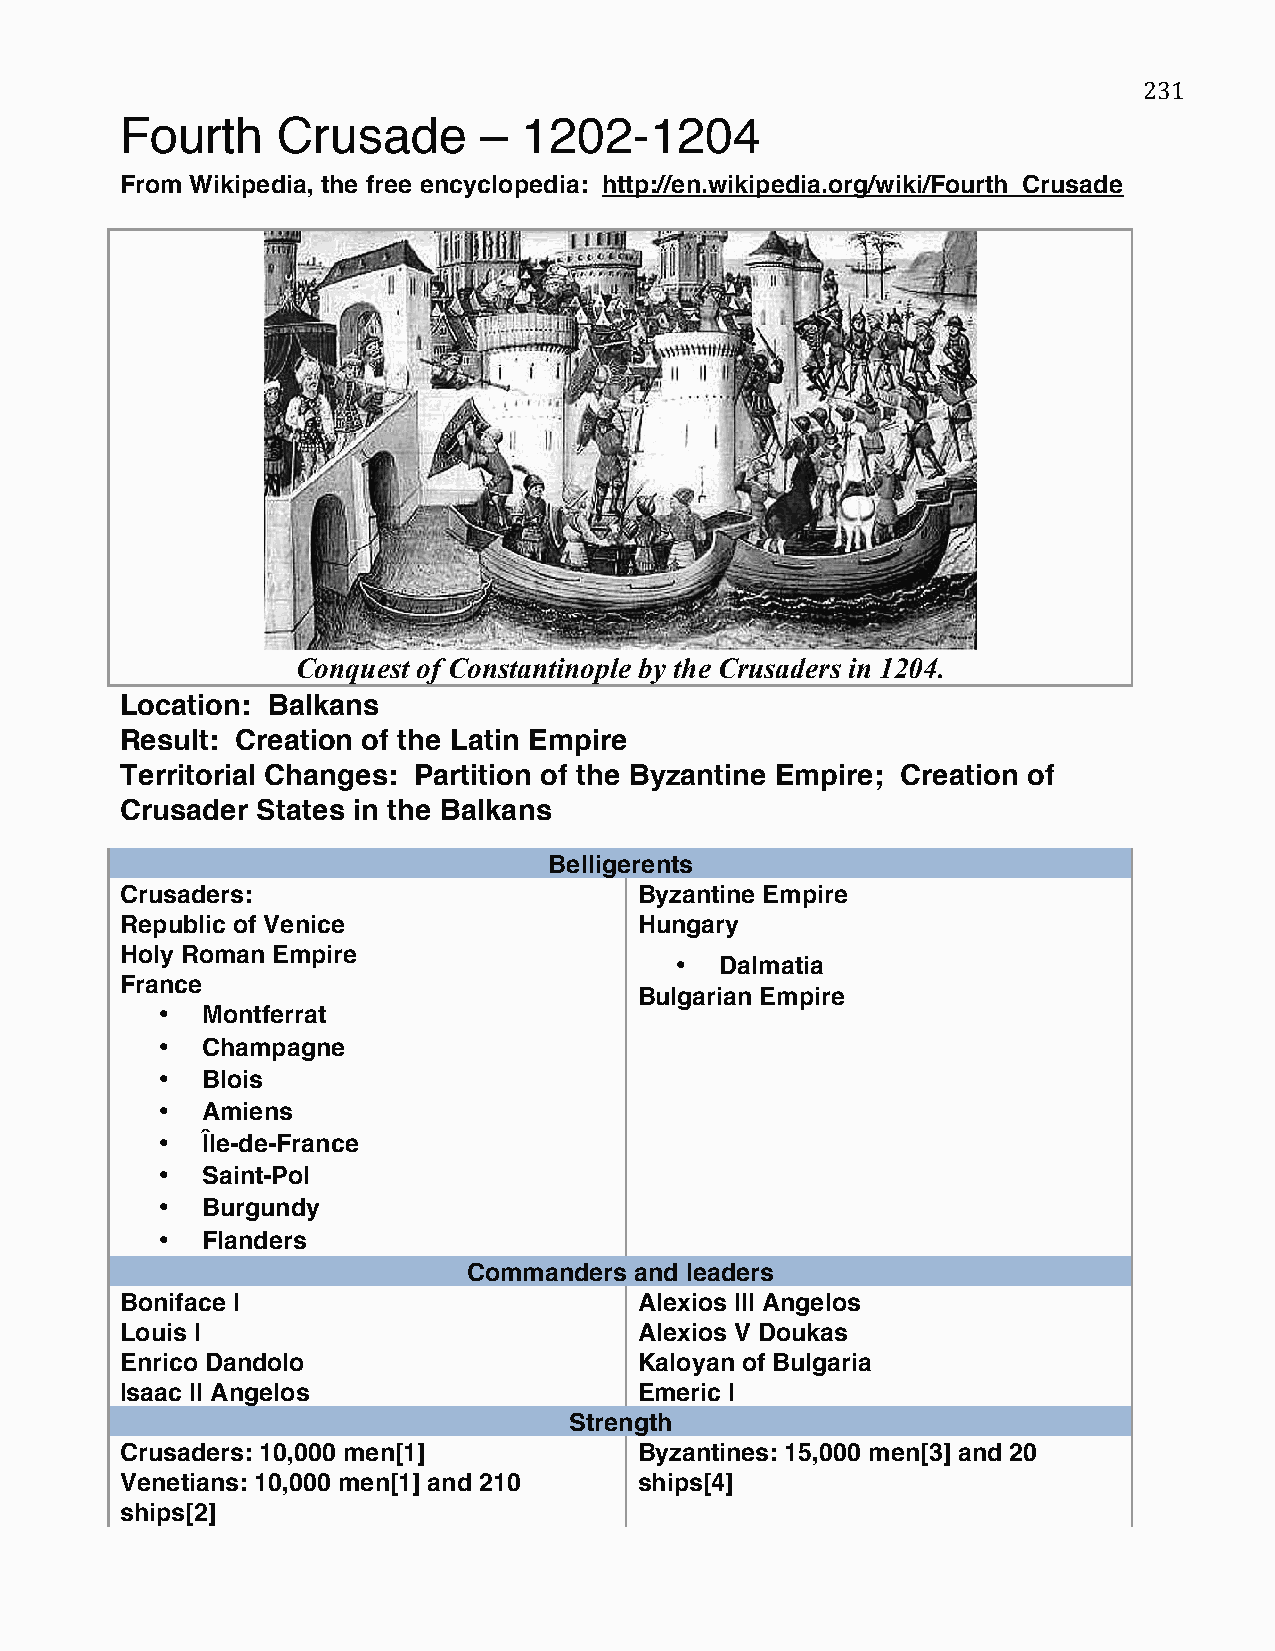
231
 ‪Fourth   Crusade       –  1202-1204‬
 From Wikipedia, the free encyclopedia: http://en.wikipedia.org/wiki/Fourth_Crusade
 Conquest of Constantinople by the Crusaders in 1204.
 Location: Balkans
 Result: Creation of the Latin Empire
 Territorial Changes: Partition of the Byzantine Empire; Creation of
 Crusader States in the Balkans
 Belligerents
 Crusaders:                        Byzantine Empire
 Republic of Venice                Hungary
 Holy Roman Empire
 •  Dalmatia
 France
 Bulgarian Empire
 •  Montferrat
 •  Champagne
 •  Blois
 •  Amiens
 •  Île-de-France
 •  Saint-Pol
 •  Burgundy
 •  Flanders
 Commanders and leaders
 Boniface I                        Alexios III Angelos
 Louis I                           Alexios V Doukas
 Enrico Dandolo                    Kaloyan of Bulgaria
 Isaac II Angelos                  Emeric I
 Strength
 Crusaders: 10,000 men[1]          Byzantines: 15,000 men[3] and 20
 Venetians: 10,000 men[1] and 210  ships[4]
 ships[2]